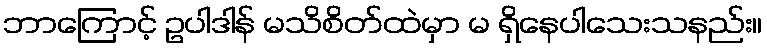
ဘာကြောင့် ဥပါဒါန် မသိစိတ်ထဲမှာ မ ရှိနေပါသေးသနည်း။